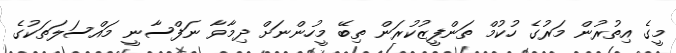
މީގެ އިތުރުން މަރުގެ ހުކުމް ތަންފީޒުކުރަން ތިބޭ މީހުންނަށް ދިމާވާ ނަފްސާނީ މައްސަލަތަކުގެ